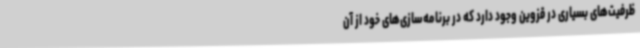
ظرفیت‌های بسیاری در قزوین وجود دارد که در برنامه‌سازی‌های خود از آن